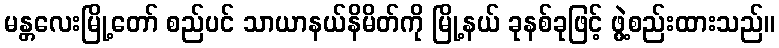
မန္တလေးမြို့တော် စည်ပင် သာယာနယ်နိမိတ်ကို မြို့နယ် ခုနစ်ခုဖြင့် ဖွဲ့စည်းထားသည်။